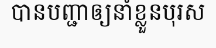
បានបញ្ជាឲ្យនាំខ្លួនបុរស